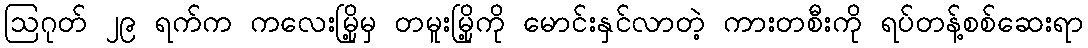
ဩဂုတ် ၂၉ ရက်က ကလေးမြို့မှ တမူးမြို့ကို မောင်းနှင်လာတဲ့ ကားတစီးကို ရပ်တန့်စစ်ဆေးရာ